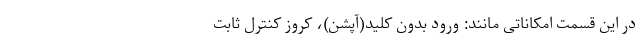
در این قسمت امکاناتی مانند: ورود بدون کلید(آپشن)، کروز کنترل ثابت